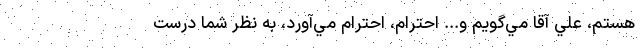
هستم، علي آقا مي‌‌گويم و... احترام، احترام مي‌آورد، به نظر شما درست